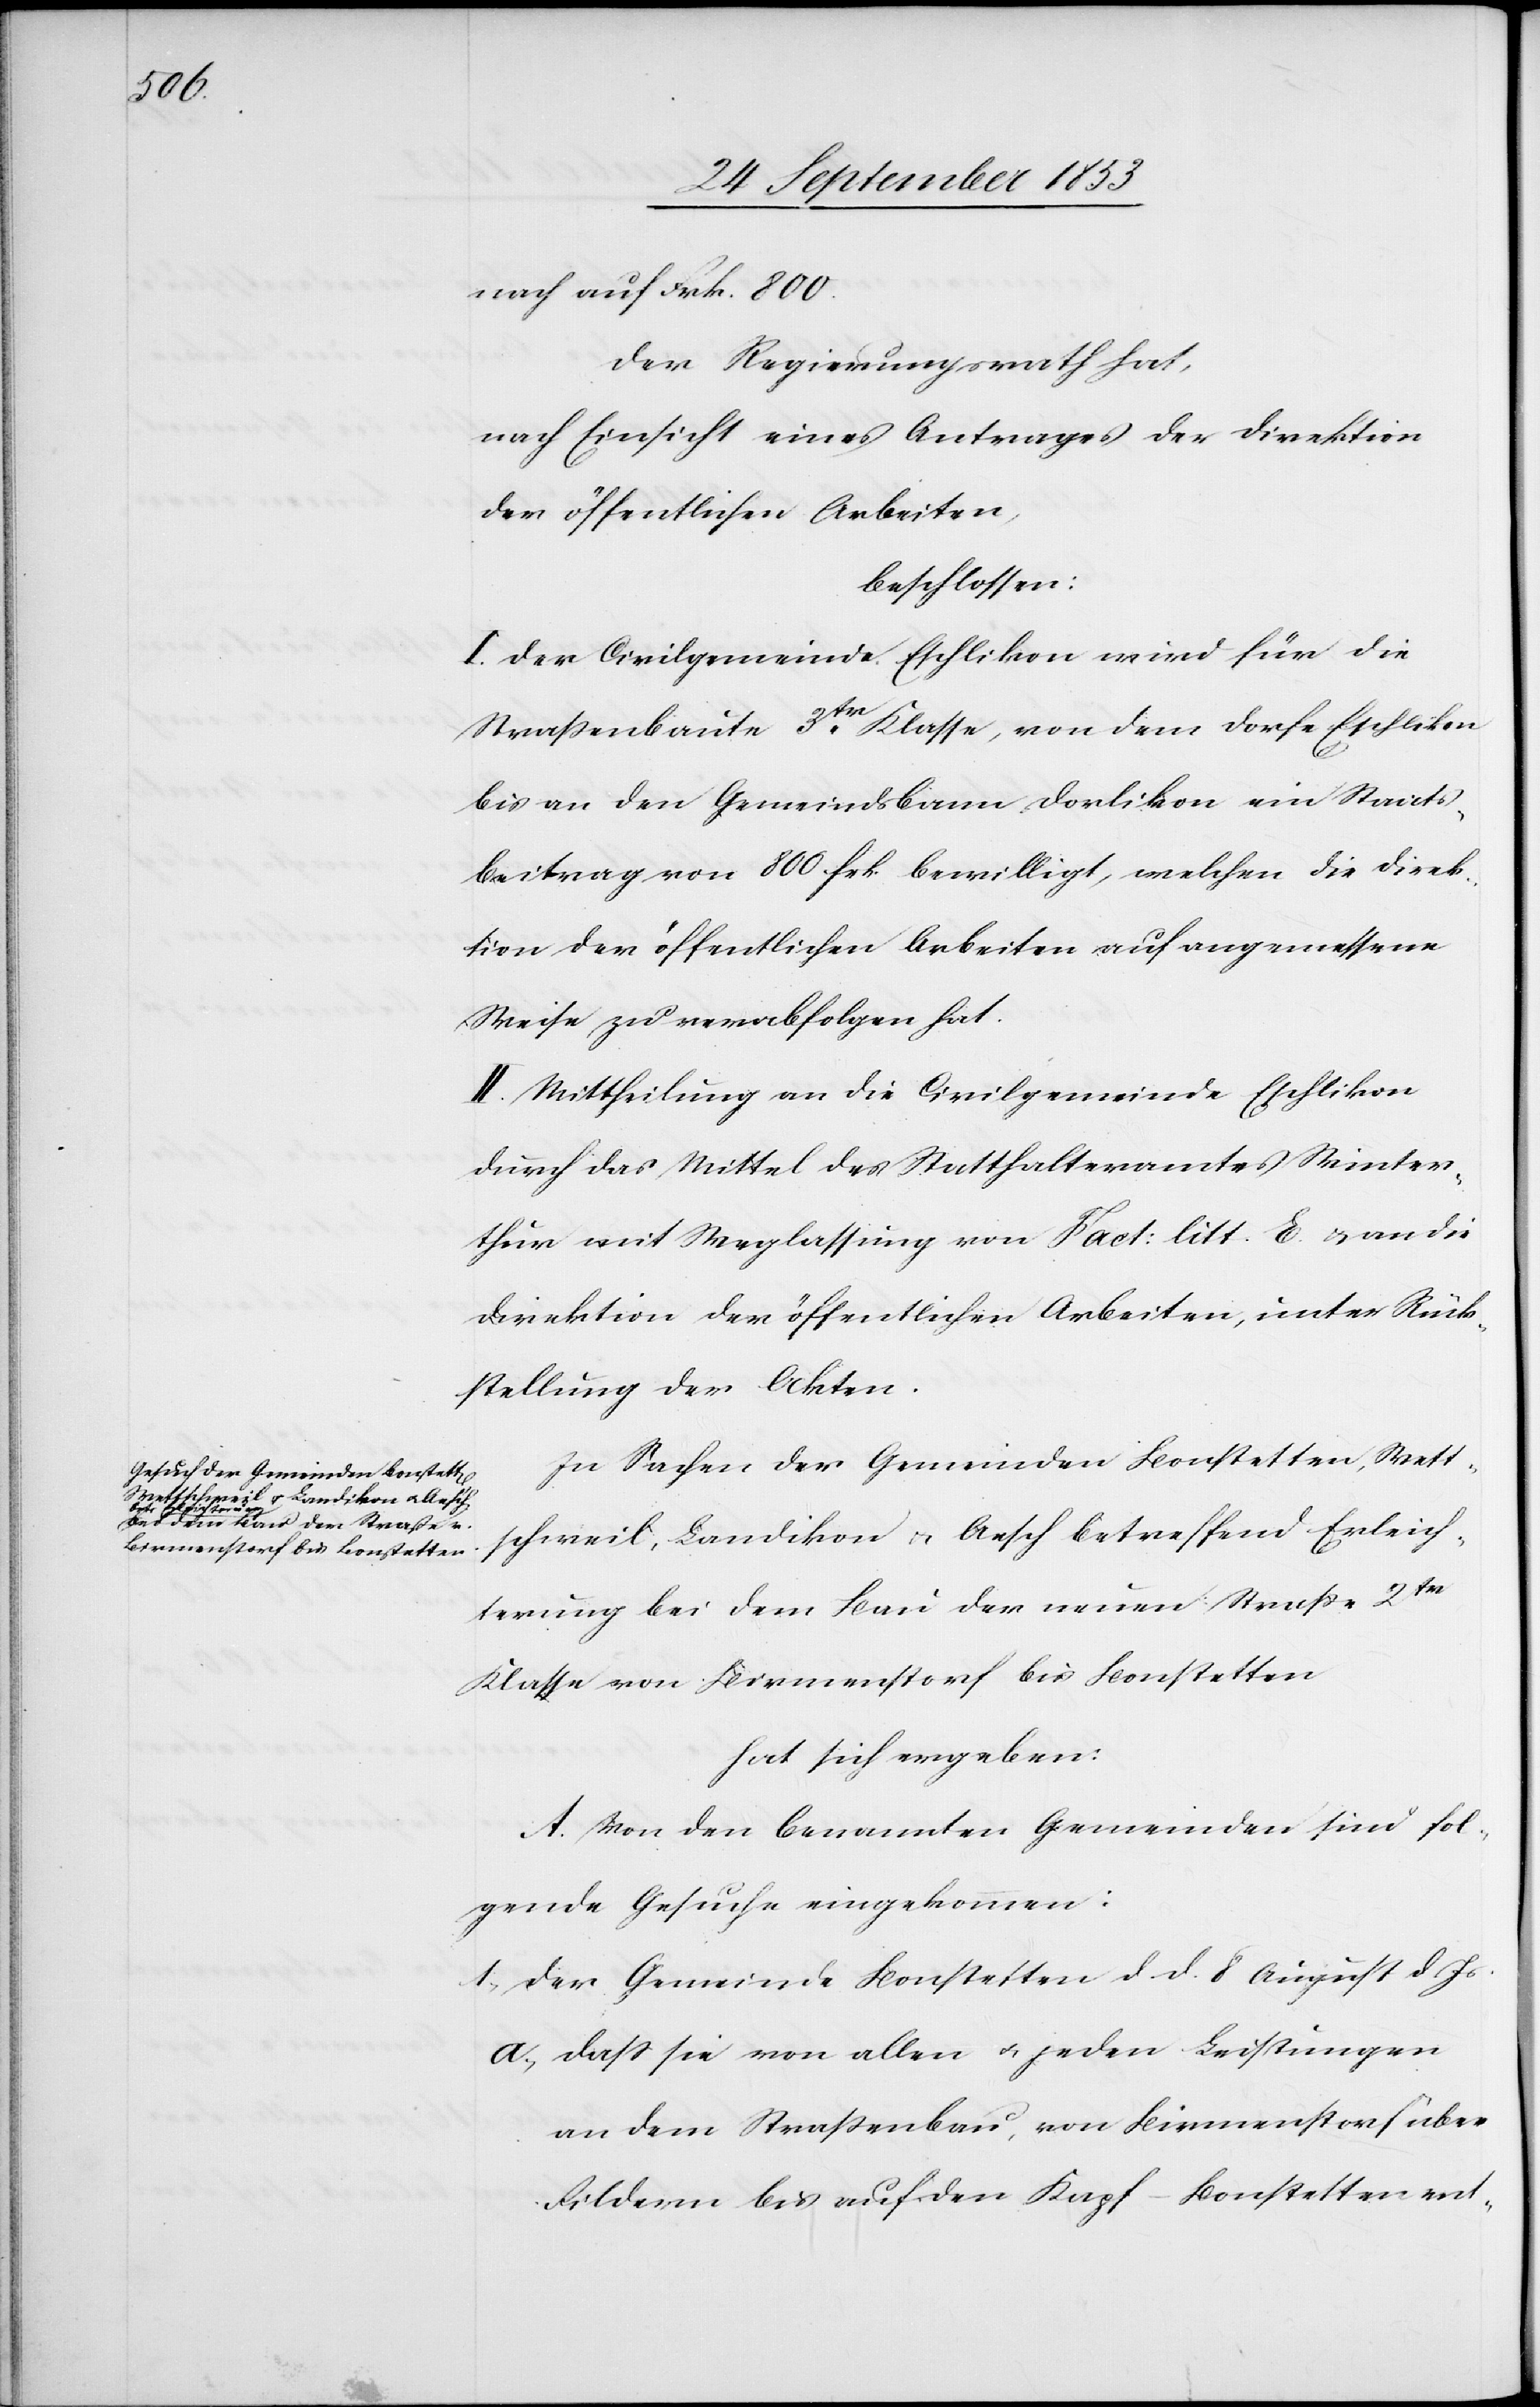
800.

Der Regierungsrath hat,
nach Einsicht eines Antrages der Direktion
der öffentlichen Arbeiten,
beschlossen:
I. Der Civilgemeinde Eschlikon wird für die
Frk.
Straßenbaute 3tr Klasse, von dem Dorfe Eschlikon
bis an den Gemeindsbann Dorlikon ein Staats¬
beitrag von 800 frk. bewilligt, welchen die Direk¬
tion der öffentlichen Arbeiten auf angemessene
Weise zu verabfolgen hat.
II. Mittheilung an die Civilgemeinde Eschlikon
durch das Mittel des Statthalteramtes Winter¬
thur mit Weglassung von Fact: litt. E. u. an die
Direktion der öffentlichen Arbeiten, unter Rück¬
stellung der Akten.
In Sachen der Gemeinden Bonstetten, Wett¬
schweil, Landikon u. Aesch betreffend Erleich¬
terung bei dem Bau der neuen Straße 2tr
Klasse von Birmenstorf bis Bonstetten
hat sich ergeben:
A. Von den benannten Gemeinden sind fol¬
gende Gesuche eingekommen:
1, Der Gemeinde Bonstetten d. d. 8 August d. Js.
a, daß sie von allen u. jeden Leistungen
an dem Straßenbau, von Birmenstorf über
Fildern bis auf den Kapf-Bonstetten ent-